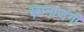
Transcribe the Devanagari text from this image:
ख़ानाजंगी